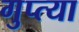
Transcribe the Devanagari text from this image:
गुप्त्या